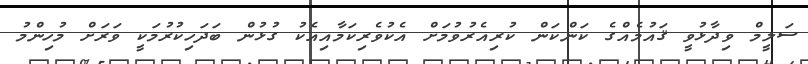
ސަލީމް ވިދާޅުވީ ޤައުމެއްގެ ކަންކަން ކުރިއެރުވުމަށް އެކުވެރިކަމާއިއެކު ގުޅުން ބަދަހިކުރުމަކީ ވަރަށް މުހިންމު